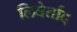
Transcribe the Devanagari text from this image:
लिबेर्ताद